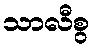
သာလီစွ